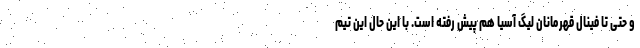
و حتی تا فینال قهرمانان لیگ آسیا هم پیش رفته است. با این حال این تیم